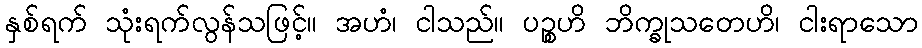
နှစ်ရက် သုံးရက်လွန်သဖြင့်။ အဟံ၊ ငါသည်။ ပဉ္စဟိ ဘိက္ခုသတေဟိ၊ ငါးရာသော